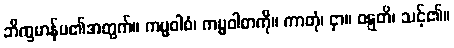
ဘိက္ခမာန်မ၏အတွက်။ ကမ္မဝါစံ၊ ကမ္မဝါစာကို။ ကာတုံ၊ ငှာ။ ဝဋ္ဋတိ၊ သင့်၏။